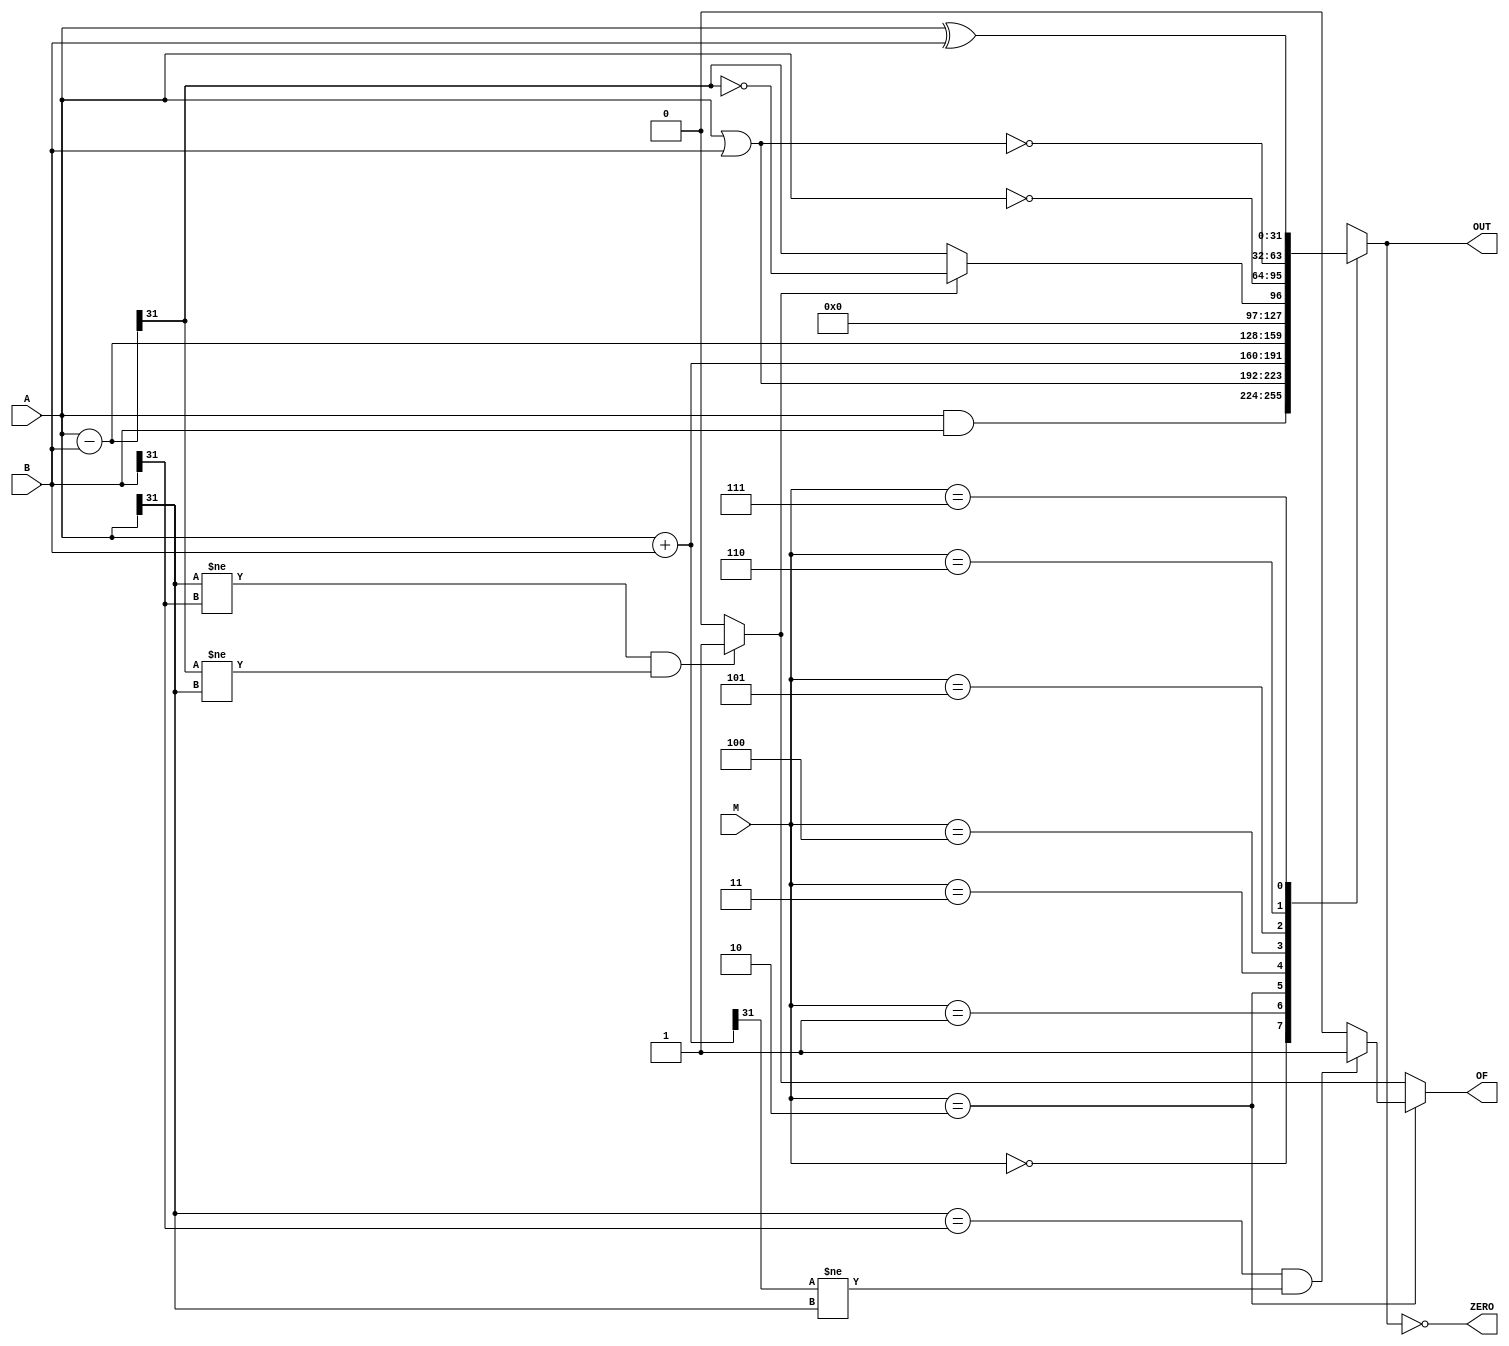
module alu(
		input		[2:0]	M,
		input		[31:0]	A, B,
		output reg	[31:0]	OUT,
		output				ZERO,
		output  			OF);

	wire [31:0] sub_ab;
	wire [31:0] add_ab;
	wire 		oflow_add;
	wire 		oflow_sub;
	wire 		OF;
	wire 		slt;

	//零标志位
	assign ZERO = (0 == OUT);
	
	//计算加减结果
	assign sub_ab = A - B;
	assign add_ab = A + B;

	//计算溢出	
	assign oflow_add = (A[31] == B[31] && add_ab[31] != A[31]) ? 1 : 0;
	assign oflow_sub = (A[31] != B[31] && sub_ab[31] != A[31]) ? 1 : 0;
	assign OF = (M == 4'b0010) ? oflow_add : oflow_sub;

	//小于置一
	assign slt = (oflow_sub==0)?sub_ab[31]:~(sub_ab[31]);

	// 000 AND  100100
    // 001 OR   100101
    // 010 ADD  100000
    // 011 SUB  100010
    // 100 SLT  101010
    // 101 NOT(a)    似乎mips指令集里并没有这条指令
    // 110 NOR       100111
    // 111 XOR(异或) 100110
	always @(*) begin
		case (M)
			3'b000: OUT <= A & B;				/* and */
			3'd001: OUT <= A | B;				/* or */
			3'b010: OUT <= add_ab;				/* add */
			3'b011: OUT <= sub_ab;				/* sub */
			3'b100: OUT <= {{31{1'b0}}, slt};	/* slt */
			3'b101:  OUT <= ~ A;				/* not */
            3'b110:  OUT <= ~(A | B);			/* nor */
            3'b111:  OUT <= A ^ B;				/* xor */
			default: OUT <= 0;
		endcase
	end

endmodule